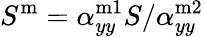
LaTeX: S^{\mathrm{m}}=\alpha_{yy}^{\mathrm{m1}}S/\alpha_{yy}^{\mathrm{m2}}